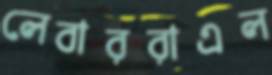
লেবাররাএল